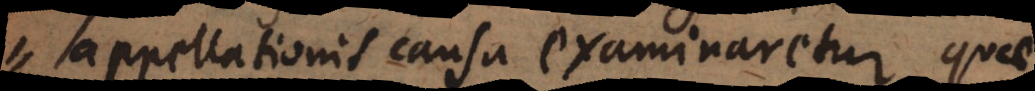
appellationis causa examinaretur quae